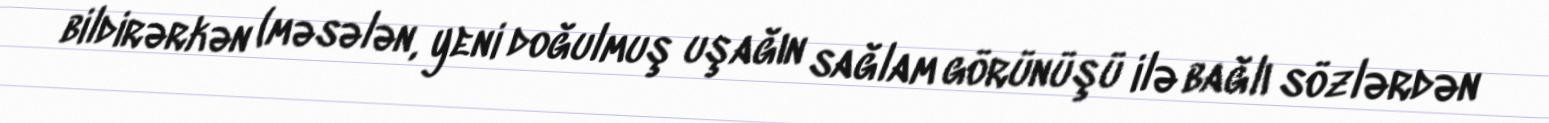
bildirərkən (məsələn, yeni doğulmuş uşağın sağlam görünüşü ilə bağlı sözlərdən